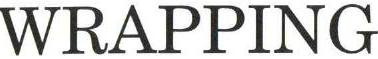
WRAPPING